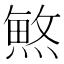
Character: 𱬆